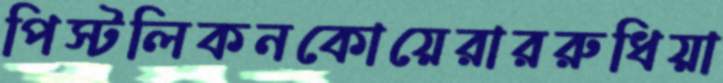
পিস্টলিকনকোয়েরাররুধিয়া